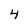
Character: 4